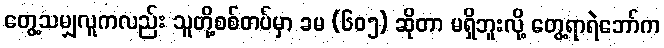
တွေ့သမျှလူကလည်း သူတို့စစ်တပ်မှာ ခမ (၆၀၅) ဆိုတာ မရှိဘူးလို့ တွေ့ရာရဲဘော်က